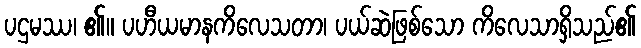
ပဌမဿ၊ ၏။ ပဟီယမာနကိလေသတာ၊ ပယ်ဆဲဖြစ်သော ကိလေသာရှိသည်၏